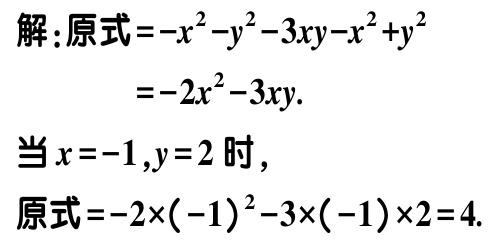
解:原式\(=-x^{2}-y^{2}-3xy - x^{2}+y^{2}\)
\(=-2x^{2}-3xy.\)
当\(x = -1,y = 2\)时，
原式\(=-2\times(-1)^{2}-3\times(-1)\times2 = 4.\)